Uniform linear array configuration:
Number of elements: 16
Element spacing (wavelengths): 0.25
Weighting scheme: blackman
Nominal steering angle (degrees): -60
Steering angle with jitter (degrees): -60.142
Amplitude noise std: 0.05
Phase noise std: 0.05

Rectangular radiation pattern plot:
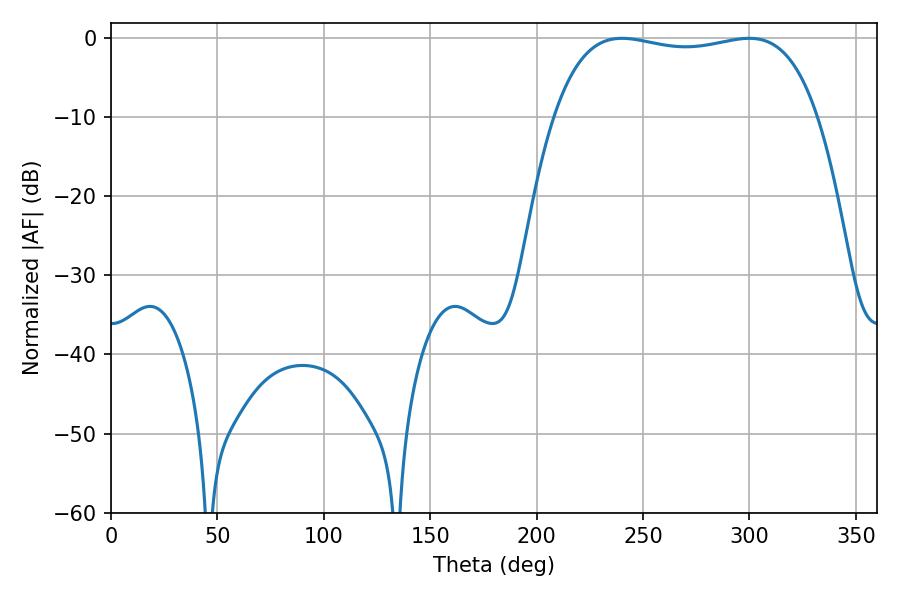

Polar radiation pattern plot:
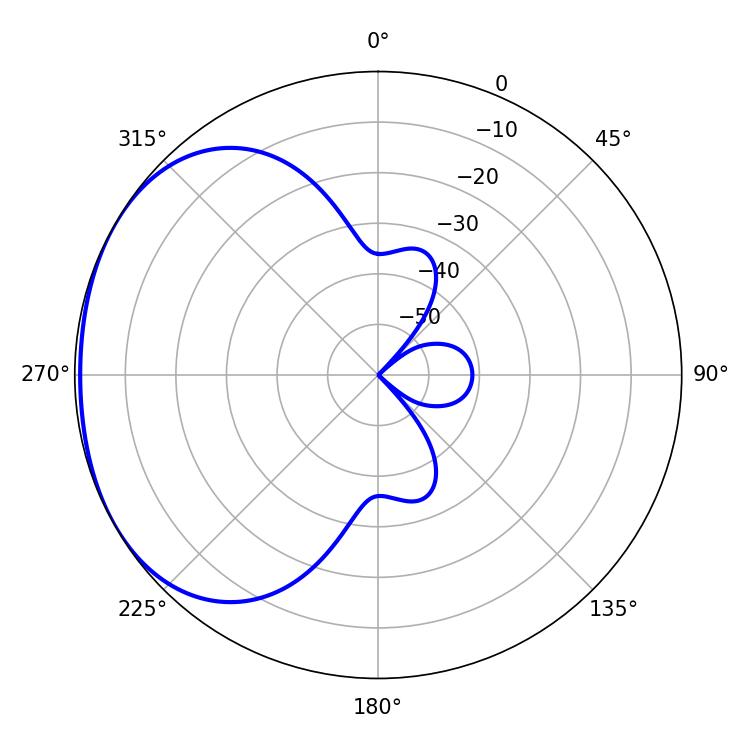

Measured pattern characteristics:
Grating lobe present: FALSE
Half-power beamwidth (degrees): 99.72
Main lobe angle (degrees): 240.12